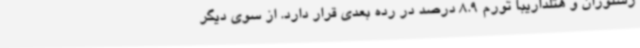
رستوران و هتلداریبا تورم 8.9 درصد در رده بعدی قرار دارد. از سوی دیگر